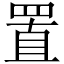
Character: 置